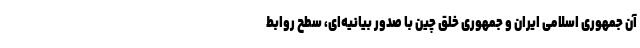
آن جمهوری اسلامی ایران و جمهوری خلق چین با صدور بیانیه‌ای، سطح روابط